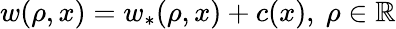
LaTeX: \begin{array}{r}{w(\rho,x)=w_{\ast}(\rho,x)+c(x),\ \rho\in\mathbb{R}}\end{array}